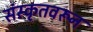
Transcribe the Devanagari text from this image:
संस्कृतवरून